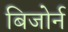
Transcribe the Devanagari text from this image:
बिजोर्न